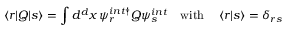
\left\langle r | Q | s \right\rangle = \int d ^ { d } x \, \psi _ { r } ^ { i n t \dagger } Q \psi _ { s } ^ { i n t } \quad \mathrm { w i t h } \quad \left\langle r | s \right\rangle = \delta _ { r s }